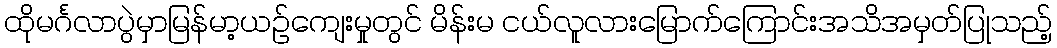
ထိုမင်္ဂလာပွဲမှာမြန်မာ့ယဉ်ကျေးမှုတွင် မိန်းမ ငယ်လူလားမြောက်ကြောင်းအသိအမှတ်ပြုသည့်